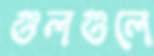
গুলগুলে